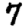
Digit: 7